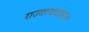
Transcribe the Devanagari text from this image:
राज्यव्यवहारात